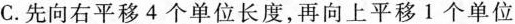
C.先向右平移4个单位长度，再向上平移1个单位